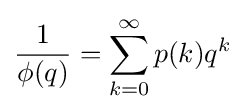
{\frac {1}{\phi (q)}}=\sum _{k=0}^{\infty }p(k)q^{k}